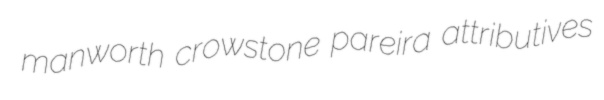
manworth crowstone pareira attributives